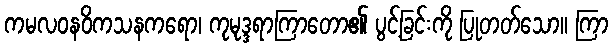
ကမလဝနဝိကသနကရော၊ ကုမုဒ္ဒရာကြာတော၏ ပွင့်ခြင်းကို ပြုတတ်သော။ ကြာ